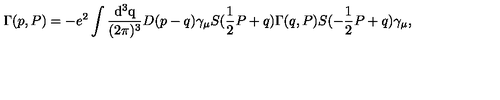
\Gamma ( p , P ) = - e ^ { 2 } \int \mathrm { \frac { d ^ 3 q } { ( 2 \pi ) ^ 3 } } D ( p - q ) \gamma _ { \mu } S ( \mathrm { \frac { 1 } { 2 } } P + q ) \Gamma ( q , P ) S ( - \mathrm { \frac { 1 } { 2 } } P + q ) \gamma _ { \mu } ,